Leprosy in India: report of the Leprosy Commission in India, 1890-91
Year: 1890
Disease focus: Leprosy
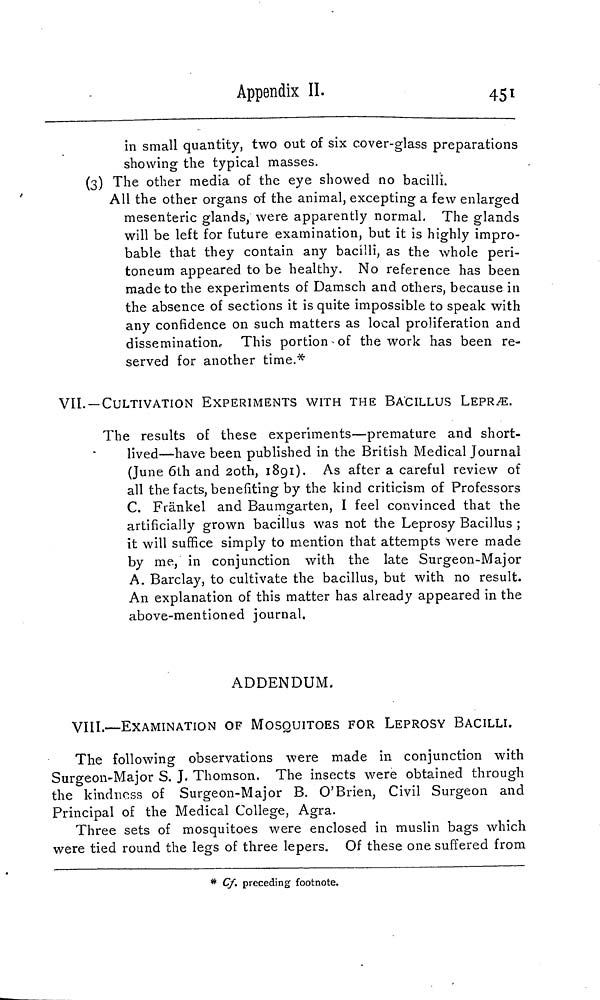
Appendix II.
451
in small quantity, two out of six cover-glass preparations
showing the typical masses.
(3) The other media of the eye showed no bacilli.
All the other organs of the animal, excepting a few enlarged
mesenteric glands, were apparently normal. The glands
will be left for future examination, but it is highly impro-
bable that they contain any bacilli, as the whole peri-
toneum appeared to be healthy. No reference has been
made to the experiments of Damsch and others, because in
the absence of sections it is quite impossible to speak with
any confidence on such matters as local proliferation and
dissemination. This portion of the work has been re-
served for another time.*
VII.—CULTIVATION EXPERIMENTS WITH THE BACILLUS LEPRÆ.
The results of these experiments—premature and short-
lived—have been published in the British Medical Journal
(June 6th and 20th, 1891). As after a careful review of
all the facts, benefiting by the kind criticism of Professors
C. Fränkel and Baumgarten, I feel convinced that the
artificially grown bacillus was not the Leprosy Bacillus ;
it will suffice simply to mention that attempts were made
by me, in conjunction with the late Surgeon-Major
A. Barclay, to cultivate the bacillus, but with no result.
An explanation of this matter has already appeared in the
above-mentioned journal.
ADDENDUM.
VIII.—EXAMINATION OF MOSQUITOES FOR LEPROSY BACILLI.
The following observations were made in conjunction with
Surgeon-Major S. J. Thomson. The insects were obtained through
the kindness of Surgeon-Major B. O'Brien, Civil Surgeon and
Principal of the Medical College, Agra.
Three sets of mosquitoes were enclosed in muslin bags which
were tied round the legs of three lepers. Of these one suffered from
* Cf. preceding footnote.